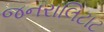
જનરાલિટાટ